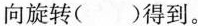
向旋转()得到。